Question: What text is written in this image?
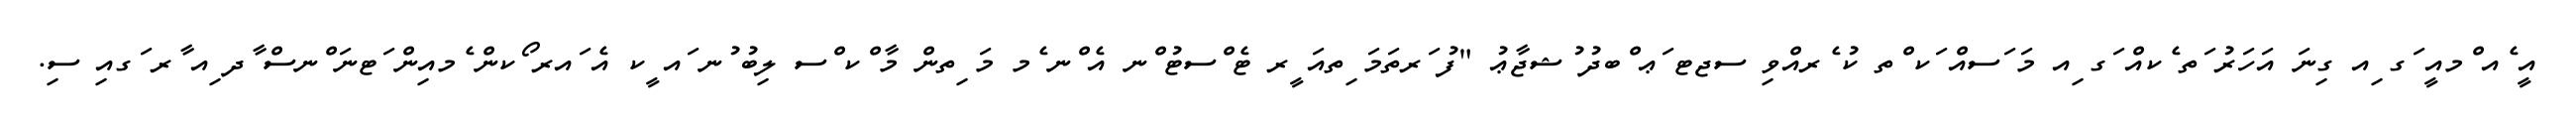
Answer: އީ ެއ ްމއީ ަގ ިއ ގިނަ އަހަރު ަތ ެކއް ަގ ިއ މަ ަސއް ަކ ްތ ކު ެރއްވި ސޖޓ ަޢ ްބދު ުޝޖާޢު "ފު ަރތަމަ ިތއަ ީރ ޓެ ްސޓު ްނ އެ ްނ ެމ މަ ިތން މާ ްކ ްސ ލިބު ުނ ައ ީކ އެ ައރ ޯކން ެމއިން ަޓނަ ްނސް ާދ ިއ ާރ ަގއި ސި.